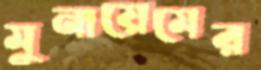
মুনায়েমের